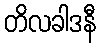
တိလခါဒနီ